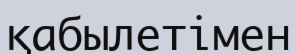
қабылетімен